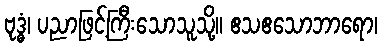
ဗုဒ္ဓံ၊ ပညာဖြင့်ကြီးသောသူသို့။ ဧသဧသောဘာရော၊